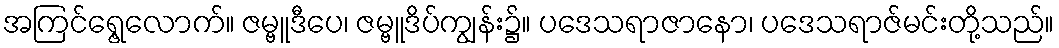
အကြင်ရွေ့လောက်။ ဇမ္ဗူဒီပေ၊ ဇမ္ဗူဒိပ်ကျွန်း၌။ ပဒေသရာဇာနော၊ ပဒေသရာဇ်မင်းတို့သည်။